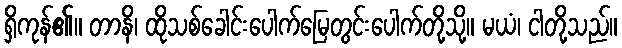
ရှိကုန်၏။ တာနိ၊ ထိုသစ်ခေါင်းပေါက်မြေတွင်းပေါက်တို့သို့။ မယံ၊ ငါတို့သည်။